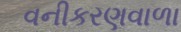
વનીકરણવાળા